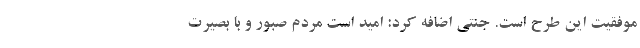
موفقیت این طرح است. جنتی اضافه کرد: امید است مردم صبور و با بصیرت